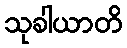
သုခါယာတိ